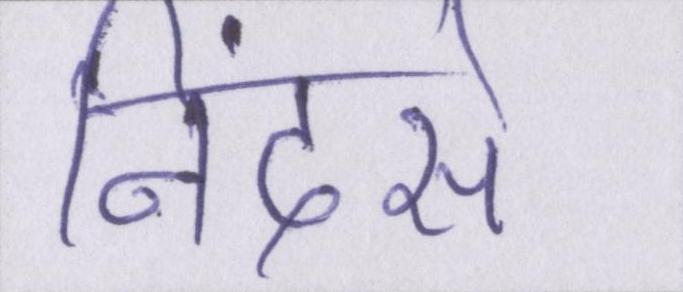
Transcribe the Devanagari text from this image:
निंदसे